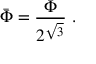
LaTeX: \bar { \Phi } = \frac { \Phi } { 2 ^ { \sqrt { 3 } } } \ .